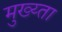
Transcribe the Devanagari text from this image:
मुख्य्ता